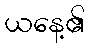
ယနေ့၏